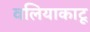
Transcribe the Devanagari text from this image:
वलियाकाटू